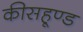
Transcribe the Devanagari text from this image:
कीसहूण्ड